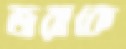
জরাকে